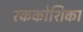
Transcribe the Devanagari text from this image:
रककोशिका